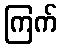
ကြက်